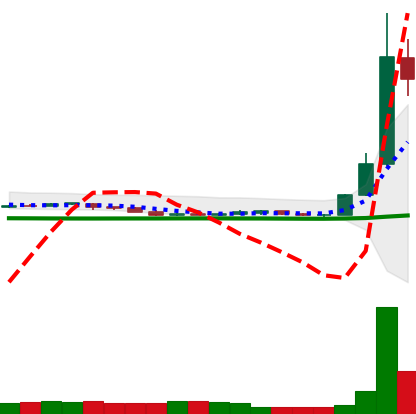
Ticker: DOGE-USD
Chart end date: 2020-07-09
Forward return: -25.085%
Label: down_7plus